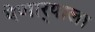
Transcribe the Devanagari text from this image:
येणार्‍याला